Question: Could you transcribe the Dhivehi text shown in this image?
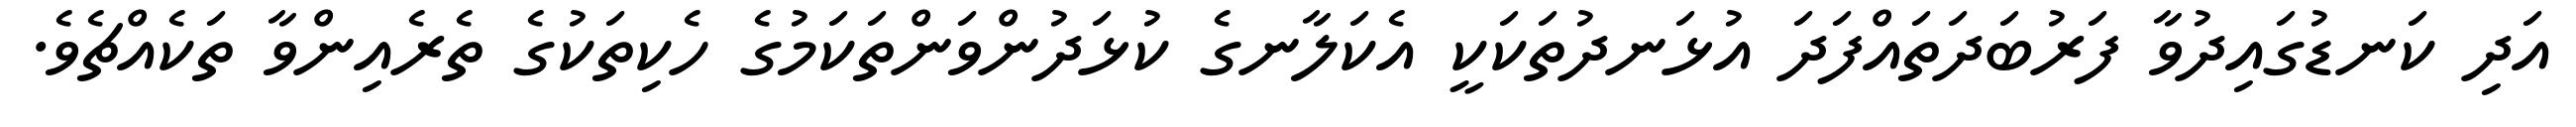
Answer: އަދި ކަނޑުގައިދުވާ ފަރުބަދަތައްފަދަ އުޅަނދުތަކަކީ އެކަލާނގެ ކުޅަދުންވަންތަކަމުގެ ހެކިތަކުގެ ތެރެއިންވާ ތަކެއްޗެވެ.